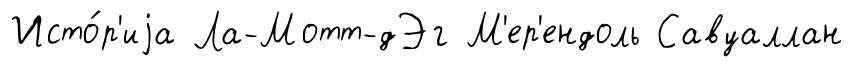
Исто́р'иjа Ла-Мотт-дЭг М'ер'ендоль Савуаллан